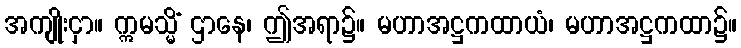
အကျိုးငှာ။ ဣမသ္မိံ ဌာနေ၊ ဤအရာ၌။ မဟာအဋ္ဌကထာယံ၊ မဟာအဋ္ဌကထာ၌။